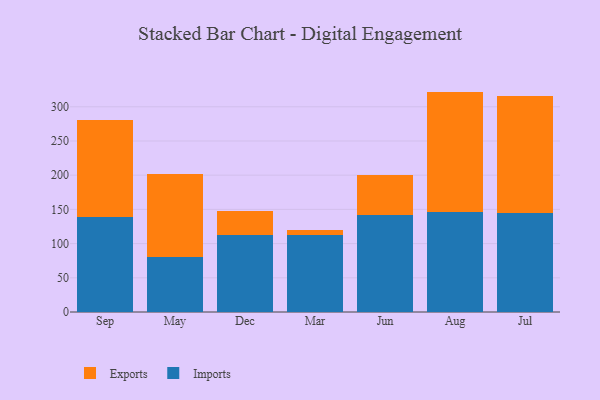
{"axis": {"x": "Month", "y": "Humidity (%)"}, "legend": ["Exports", "Imports"], "data": [{"x": "Sep", "y": 139.3, "type": "Imports"}, {"x": "Sep", "y": 141.2, "type": "Exports"}, {"x": "May", "y": 79.7, "type": "Imports"}, {"x": "May", "y": 122.3, "type": "Exports"}, {"x": "Dec", "y": 112.4, "type": "Imports"}, {"x": "Dec", "y": 35.7, "type": "Exports"}, {"x": "Mar", "y": 113.3, "type": "Imports"}, {"x": "Mar", "y": 6.7, "type": "Exports"}, {"x": "Jun", "y": 141.8, "type": "Imports"}, {"x": "Jun", "y": 57.9, "type": "Exports"}, {"x": "Aug", "y": 146.6, "type": "Imports"}, {"x": "Aug", "y": 175.6, "type": "Exports"}, {"x": "Jul", "y": 145.4, "type": "Imports"}, {"x": "Jul", "y": 170.8, "type": "Exports"}]}